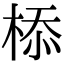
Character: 㮇